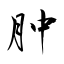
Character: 肿